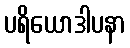
ပရိယောဒါပနာ